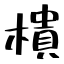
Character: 樻